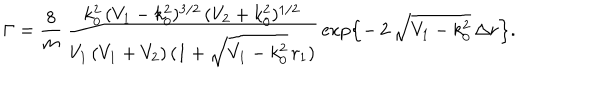
\Gamma = \frac { 8 } { m } \, \frac { k _ { 0 } ^ { 2 } \, ( V _ { 1 } - k _ { 0 } ^ { 2 } ) ^ { 3 / 2 } \, ( V _ { 2 } + k _ { 0 } ^ { 2 } ) ^ { 1 / 2 } } { V _ { 1 } \, ( V _ { 1 } + V _ { 2 } ) \, ( 1 + \sqrt { V _ { 1 } - k _ { 0 } ^ { 2 } } \, r _ { 1 } ) } \, \exp \left\{ - \, 2 \, \sqrt { V _ { 1 } - k _ { 0 } ^ { 2 } } \, \Delta r \right\} .